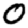
Digit: 0